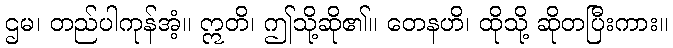
ဌမ၊ တည်ပါကုန်အံ့။ ဣတိ၊ ဤသို့ဆို၏။ တေနဟိ၊ ထိုသို့ ဆိုတပြီးကား။